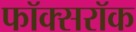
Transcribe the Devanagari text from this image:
फॉक्सरॉक